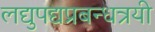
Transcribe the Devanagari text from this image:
लद्युपद्यप्रबन्धत्रयी